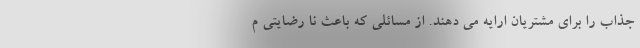
جذاب را برای مشتریان ارایه می دهند. از مسائلی که باعث نا رضایتی م